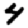
Digit: 4